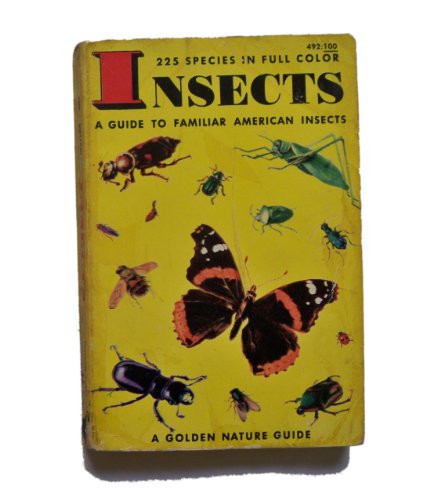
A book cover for Insects: 225 Species in Full Color (A Golden Nature Guide); Ph. D. Herbert S. Zim; Sports & Outdoors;